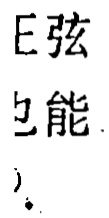
E弦
也能
)。